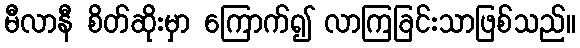
မီလာနီ စိတ်ဆိုးမှာ ကြောက်၍ လာကြခြင်းသာဖြစ်သည်။